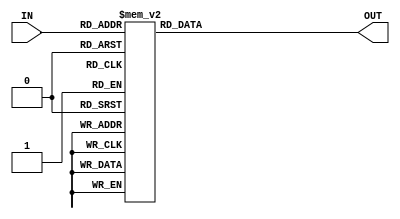
module hex_display(IN, OUT);
    input [3:0] IN;
	 output reg [7:0] OUT;
	 
	 always @(*)
	 begin
		case(IN[3:0])
			4'b0000: OUT = 7'b1000000;
			4'b0001: OUT = 7'b1111001;
			4'b0010: OUT = 7'b0100100;
			4'b0011: OUT = 7'b0110000;
			4'b0100: OUT = 7'b0011001;
			4'b0101: OUT = 7'b0010010;
			4'b0110: OUT = 7'b0000010;
			4'b0111: OUT = 7'b1111000;
			4'b1000: OUT = 7'b0000000;
			4'b1001: OUT = 7'b0011000;
			4'b1010: OUT = 7'b1111111;
			4'b1011: OUT = 7'b0000110;
			4'b1100: OUT = 7'b0101111;
			
			default: OUT = 7'b1111111;
		endcase

	end
endmodule